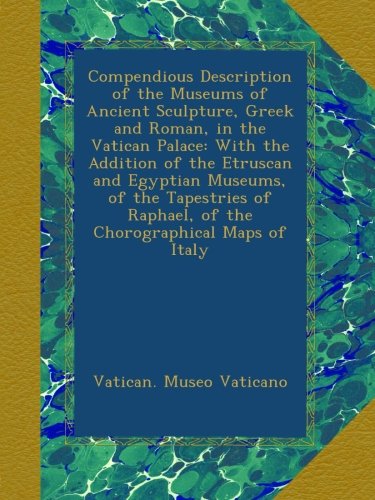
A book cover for Compendious Description of the Museums of Ancient Sculpture, Greek and Roman, in the Vatican Palace: With the Addition of the Etruscan and Egyptian ... Raphael, of the Chorographical Maps of Italy; Vatican. Museo Vaticano; Travel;